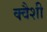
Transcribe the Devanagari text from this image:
क्वैशी